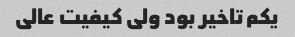
یکم تاخیر بود ولی کیفیت عالی